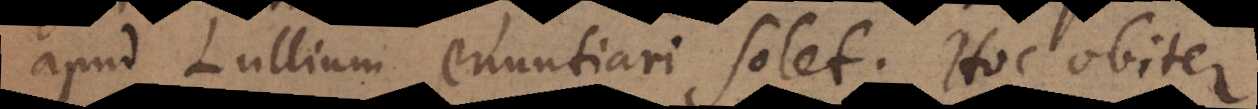
apud Lullium enuntiari solet. Hoc obiter.